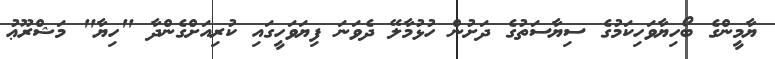
ޔާމީންގެ ބޯހިޔާވަހިކަމުގެ ސިޔާސަތުގެ ދަށުން ހުޅުމާލޭ ދެވަނަ ފިޔަވަހީގައި ކުރިއަށްގެންދާ "ހިޔާ" މަޝްރޫޢު